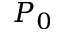
P _ { 0 }